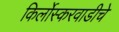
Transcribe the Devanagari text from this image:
किर्लोस्करवाडीचे